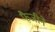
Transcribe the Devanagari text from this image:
फैजीने